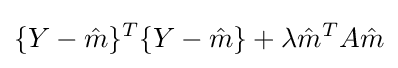
\{Y-{\hat {m}}\}^{T}\{Y-{\hat {m}}\}+\lambda {\hat {m}}^{T}A{\hat {m}}